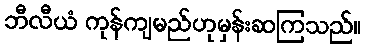
ဘီလီယံ ကုန်ကျမည်ဟုမှန်းဆကြသည်။